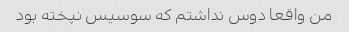
من واقعا دوس نداشتم که سوسیس نپخته بود